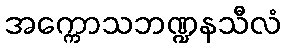
အက္ကောသဘဏ္ဍနသီလံ